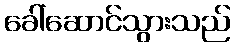
ခေါ်ဆောင်သွားသည်